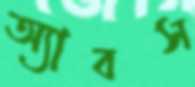
অ্যাবস